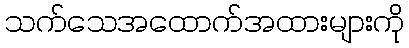
သက်သေအထောက်အထားများကို